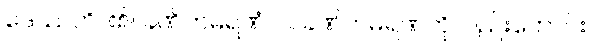
ဒေဿတိ၊ ၏။ ခဏိကမရဏံ ဝါ၊ ခဏိကမရဏကိုလည်းကောင်း။